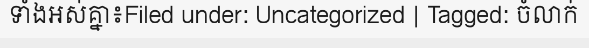
ទាំងអស់គ្នា៖Filed under: Uncategorized | Tagged: ចំលាក់